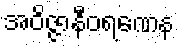
အဝိဇ္ဇာနီဝရဏေန